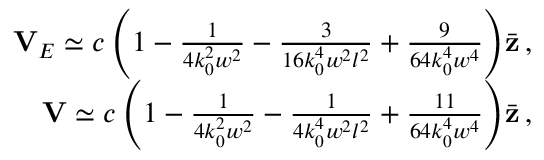
\begin{array} { r } { { \bf V } _ { E } \simeq c \left( 1 - \frac { 1 } { 4 k _ { 0 } ^ { 2 } w ^ { 2 } } - \frac { 3 } { 1 6 k _ { 0 } ^ { 4 } w ^ { 2 } l ^ { 2 } } + \frac { 9 } { 6 4 k _ { 0 } ^ { 4 } w ^ { 4 } } \right) \! \bar { \bf z } \, , } \\ { { \bf V } \simeq c \left( 1 - \frac { 1 } { 4 k _ { 0 } ^ { 2 } w ^ { 2 } } - \frac { 1 } { 4 k _ { 0 } ^ { 4 } w ^ { 2 } l ^ { 2 } } + \frac { 1 1 } { 6 4 k _ { 0 } ^ { 4 } w ^ { 4 } } \right) \! \bar { \bf z } \, , } \end{array}